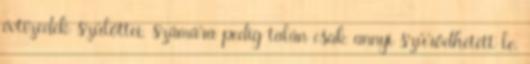
évtizedek szülöttei, számára pedig talán csak annyi szűrődhetett le,